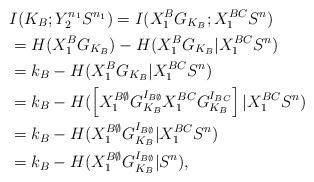
LaTeX: \begin{align*}&I(K_B;Y_2^{n_1}S^{n_1})=I(X_1^BG_{K_B};X_1^{BC}S^n)\\&=H(X_1^BG_{K_B})-H(X_1^BG_{K_B}|X_1^{BC}S^n) \\ &=k_B-H(X_1^BG_{K_B}|X_1^{BC}S^n) \\&=k_B-H(\left[X_1^{B\emptyset}G_{K_B}^{I_{B\emptyset}}X_1^{BC}G_{K_B}^{I_{BC}}\right]|X_1^{BC}S^n)\\&=k_B - H(X_1^{B\emptyset}G_{K_B}^{I_{B\emptyset}}|X_1^{BC}S^n)\\&=k_B-H(X_1^{B\emptyset}G_{K_B}^{I_{B\emptyset}}|S^n),\end{align*}